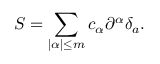
S = \sum _ { | \alpha | \leq m } c _ { \alpha } \partial ^ { \alpha } \delta _ { a } .